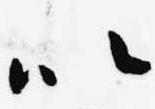
以